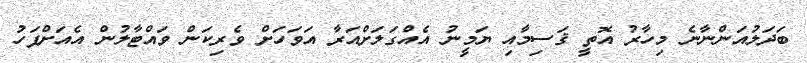
ބަދަލުއަންނާނެ މިހާރު އޮތީ ޤަސިމާއި ޔަމީނު އެއްގަލަށްއަރާ އަވަހަށް ވެރިކަން ވައްޓާލުން އެއަށްފަހު